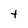
Character: t